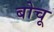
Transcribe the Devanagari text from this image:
बोचू